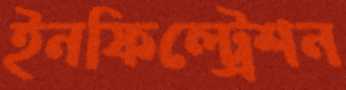
ইনফিল্ট্রেশন